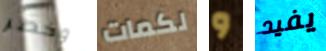
وخطر لكمات و يفيد